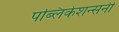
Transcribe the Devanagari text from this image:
पब्लिकेशन्सनी